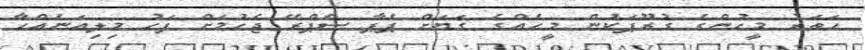
ހަތަރު މީހުންގެ ގުރޫޕަކުން މީހެއްގެ ގަޔަށް ޕެޕާ ސްޕްރޭ ޖެހުމަށް ފަހު މިލިއަނެއްހާ